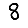
Digit: 8